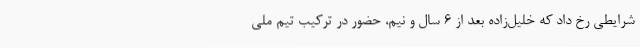
شرایطی رخ داد که خلیل‌زاده بعد از 6 سال و نیم، حضور در ترکیب تیم ملی